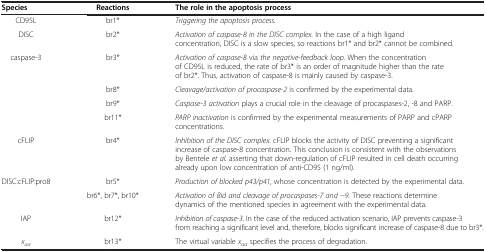
| Species | Reactions | The role in the apoptosis process |
 | --- | --- | --- |
 | CD95L | br1* | Triggering the apoptosis process. |
 | DISC | br2* | Activation of caspase-8 in the DISC complex. In the case of a high ligand concentration, DISC is a slow species, so reactions br1* and br2* cannot be combined. |
 | <ROWSPAN=4> caspase-3 | br3* | Activation of caspase-8 via the negative-feedback loop. When the concentration of CD95L is reduced, the rate of br3* is an order of magnitude higher than the rate of br2*. Thus, activation of caspase-8 is mainly caused by caspase-3. |
 | br8* | Cleavage/activation of procaspase-2 is confirmed by the experimental data. |
 | br9* | Caspase-3 activation plays a crucial role in the cleavage of procaspases-2, -8 and PARP. |
 | br11* | PARP inactivation is confirmed by the experimental measurements of PARP and cPARP concentrations. |
 | cFLIP | br4* | Inhibition of the DISC complex. cFLIP blocks the activity of DISC preventing a significant increase of caspase-8 concentration. This conclusion is consistent with the observations by Bentele et al. asserting that down-regulation of cFLIP resulted in cell death occurring already upon low concentration of anti-CD95 (1 ng/ml). |
 | DISC:cFLIP:pro8 | br5* | Production of blocked p43/p41, whose concentration is detected by the experimental data. |
 |  | br6*, br7*, br10* | Activation of Bid and cleavage of procaspases-7 and −9. These reactions determine dynamics of the mentioned species in agreement with the experimental data. |
 | IAP | br12* | Inhibition of caspase-3. In the case of the reduced activation scenario, IAP prevents caspase-3 from reaching a significant level and, therefore, blocks significant increase of caspase-8 due to br3*. |
 | xaa | br13* | The virtual variable xaa specifies the process of degradation. |